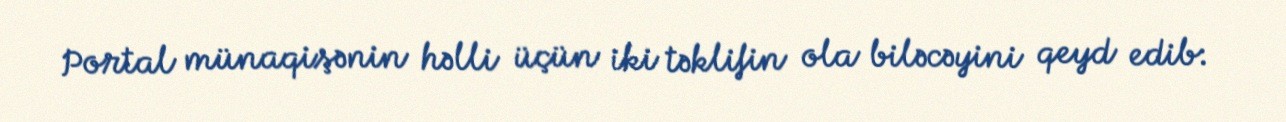
Portal münaqişənin həlli üçün iki təklifin ola biləcəyini qeyd edib: